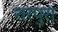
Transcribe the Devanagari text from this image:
शरपुरा